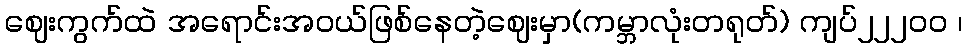
ဈေးကွက်ထဲ အရောင်းအဝယ်ဖြစ်နေတဲ့ဈေးမှာ(ကမ္ဘာလုံးတရုတ်) ကျပ်၂၂၂၀ဝ ၊